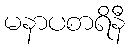
မနာပစာရိနီ